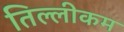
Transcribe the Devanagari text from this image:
तिल्लीकम